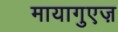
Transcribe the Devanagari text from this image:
मायागुएज़